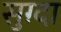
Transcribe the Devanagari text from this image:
सुग़्दा